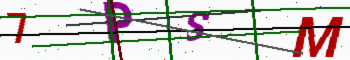
Text: 7PSM